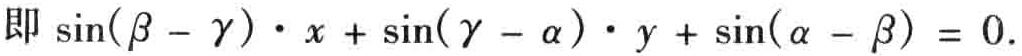
即 \(\sin(\beta - \gamma)\cdot x + \sin(\gamma - \alpha)\cdot y + \sin(\alpha - \beta)=0\).